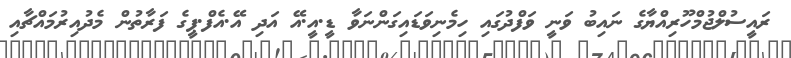
ރައީސުލްޖުމްހޫރިއްޔާގެ ނައިބު ވަނީ ވަފްދުގައި ހިމެނިވަޑައިގަންނަވާ ޑީ.އީ.އޭ އަދި އޭ.އެފް.ޕީގެ ފަރާތުން މެދުއިރުމައްޗާއި